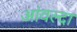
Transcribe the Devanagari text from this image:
आंवल्दा